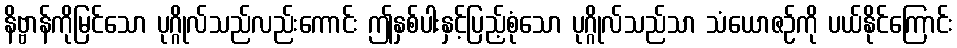
နိဗ္ဗာန်ကိုမြင်သော ပုဂ္ဂိုလ်သည်လည်းကောင်း ဤနှစ်ပါးနှင့်ပြည့်စုံသော ပုဂ္ဂိုလ်သည်သာ သံယောဇဉ်ကို ပယ်နိုင်ကြောင်း